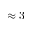
\approx 3